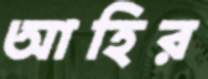
আহির